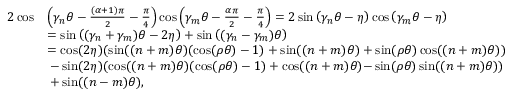
\begin{array} { r l } { 2 \cos } & { \left( \gamma _ { n } \theta - \frac { ( \alpha + 1 ) \pi } { 2 } - \frac { \pi } { 4 } \right) \cos \left( \gamma _ { m } \theta - \frac { \alpha \pi } { 2 } - \frac { \pi } { 4 } \right) = 2 \sin \left( \gamma _ { n } \theta - \eta \right) \cos \left( \gamma _ { m } \theta - \eta \right) } \\ & { = \sin \left( ( \gamma _ { n } + \gamma _ { m } ) \theta - 2 \eta \right) + \sin \left( ( \gamma _ { n } - \gamma _ { m } ) \theta \right) } \\ & { = \cos ( 2 \eta ) ( \sin ( ( n + m ) \theta ) ( \cos ( \rho \theta ) - 1 ) + \sin ( ( n + m ) \theta ) + \sin ( \rho \theta ) \cos ( ( n + m ) \theta ) ) } \\ & { \: - \sin ( 2 \eta ) ( \cos ( ( n + m ) \theta ) ( \cos ( \rho \theta ) - 1 ) + \cos ( ( n + m ) \theta ) { - } \sin ( \rho \theta ) \sin ( ( n + m ) \theta ) ) } \\ & { \: + \sin ( ( n - m ) \theta ) , } \end{array}